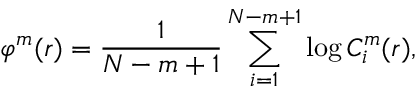
\varphi ^ { m } ( r ) = \frac { 1 } { N - m + 1 } \sum _ { i = 1 } ^ { N - m + 1 } \log C _ { i } ^ { m } ( r ) ,